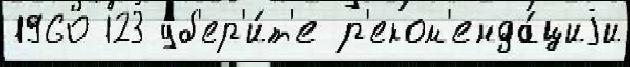
1960 123 уб'ер'и́т'е р'еком'енда́циjи